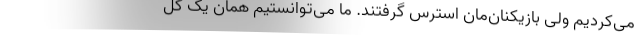
می‌کردیم ولی بازیکنان‌مان استرس گرفتند. ما می‌توانستیم همان یک گل